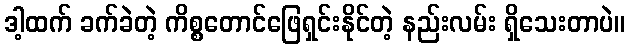
ဒါ့ထက် ခက်ခဲတဲ့ ကိစ္စတောင်ဖြေရှင်းနိုင်တဲ့ နည်းလမ်း ရှိသေးတာပဲ။